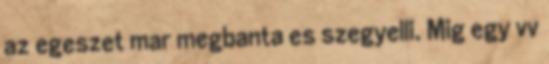
az egeszet mar megbanta es szegyelli. Mig egy vv